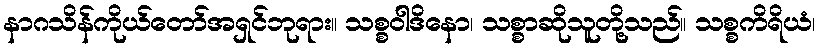
နာဂသိန်ကိုယ်တော်အရှင်ဘုရား။ သစ္စဝါဒိနော၊ သစ္စာဆိုသူတို့သည်။ သစ္စကိရိယံ၊